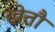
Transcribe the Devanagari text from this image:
खेतौ